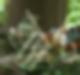
ব্র্যাক